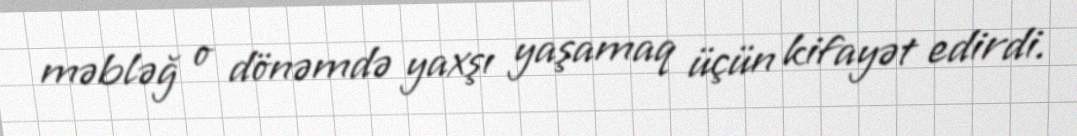
məbləğ o dönəmdə yaxşı yaşamaq üçün kifayət edirdi.